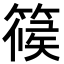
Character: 𥱌